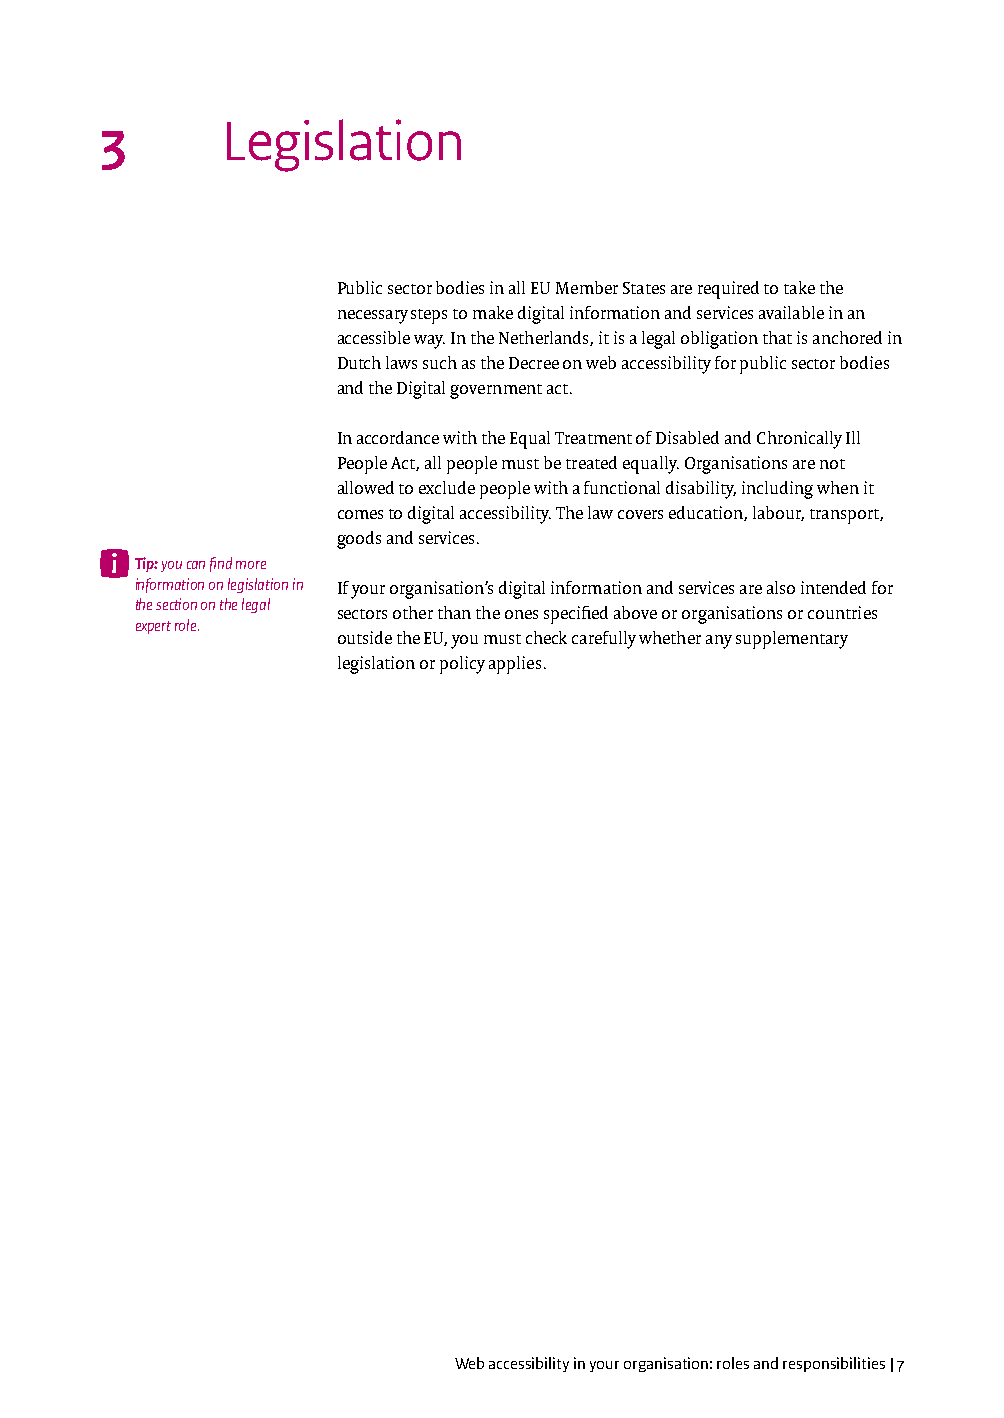
3       Legislation
 Public sector bodies in all EU Member States are required to take the
 necessary steps to make digital information and services available in an
 accessible way. In the Netherlands, it is a legal obligation that is anchored in
 Dutch laws such as the Decree on web accessibility for public sector bodies
 and the Digital government act.
 In accordance with the Equal Treatment of Disabled and Chronically Ill
 People Act, all people must be treated equally. Organisations are not
 allowed to exclude people with a functional disability, including when it
 comes to digital accessibility. The law covers education, labour, transport,
 goods and services.
 Tip: you can find more
 information on legislation in If your organisation’s digital information and services are also intended for
 the section on the legal
 sectors other than the ones specified above or organisations or countries
 expert role.
 outside the EU, you must check carefully whether any supplementary
 legislation or policy applies.
 Web accessibility in your organisation: roles and responsibilities | 7